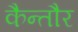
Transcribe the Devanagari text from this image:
कैन्तौर